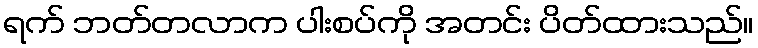
ရက် ဘတ်တလာက ပါးစပ်ကို အတင်း ပိတ်ထားသည်။